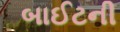
બાઈટની